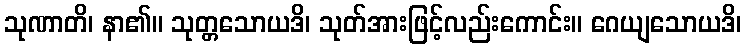
သုဏာတိ၊ နာ၏။ သုတ္တသောယဒိ၊ သုတ်အားဖြင့်လည်းကောင်း။ ဂေယျသောယဒိ၊